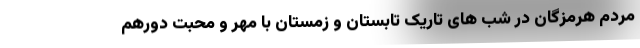
مردم هرمزگان در شب های تاریک تابستان و زمستان با مهر و محبت دورهم